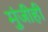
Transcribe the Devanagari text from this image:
मुंजीही